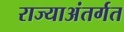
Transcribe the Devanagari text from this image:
राज्याअंतर्गत